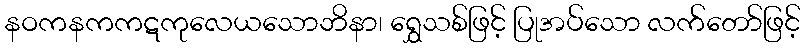
နဝကနကကဋကုလေယသောဘိနာ၊ ရွှေသစ်ဖြင့် ပြုအပ်သော လက်တော်ဖြင့်